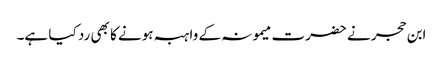
ابن حجر نے حضرت میمونہ کے واہبہ ہونے کا بھی رد کیا ہے۔